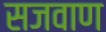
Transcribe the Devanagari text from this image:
सजवाण